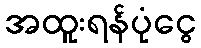
အထူးရန်ပုံငွေ